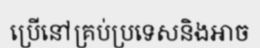
ប្រើនៅគ្រប់ប្រទេសនិងអាច